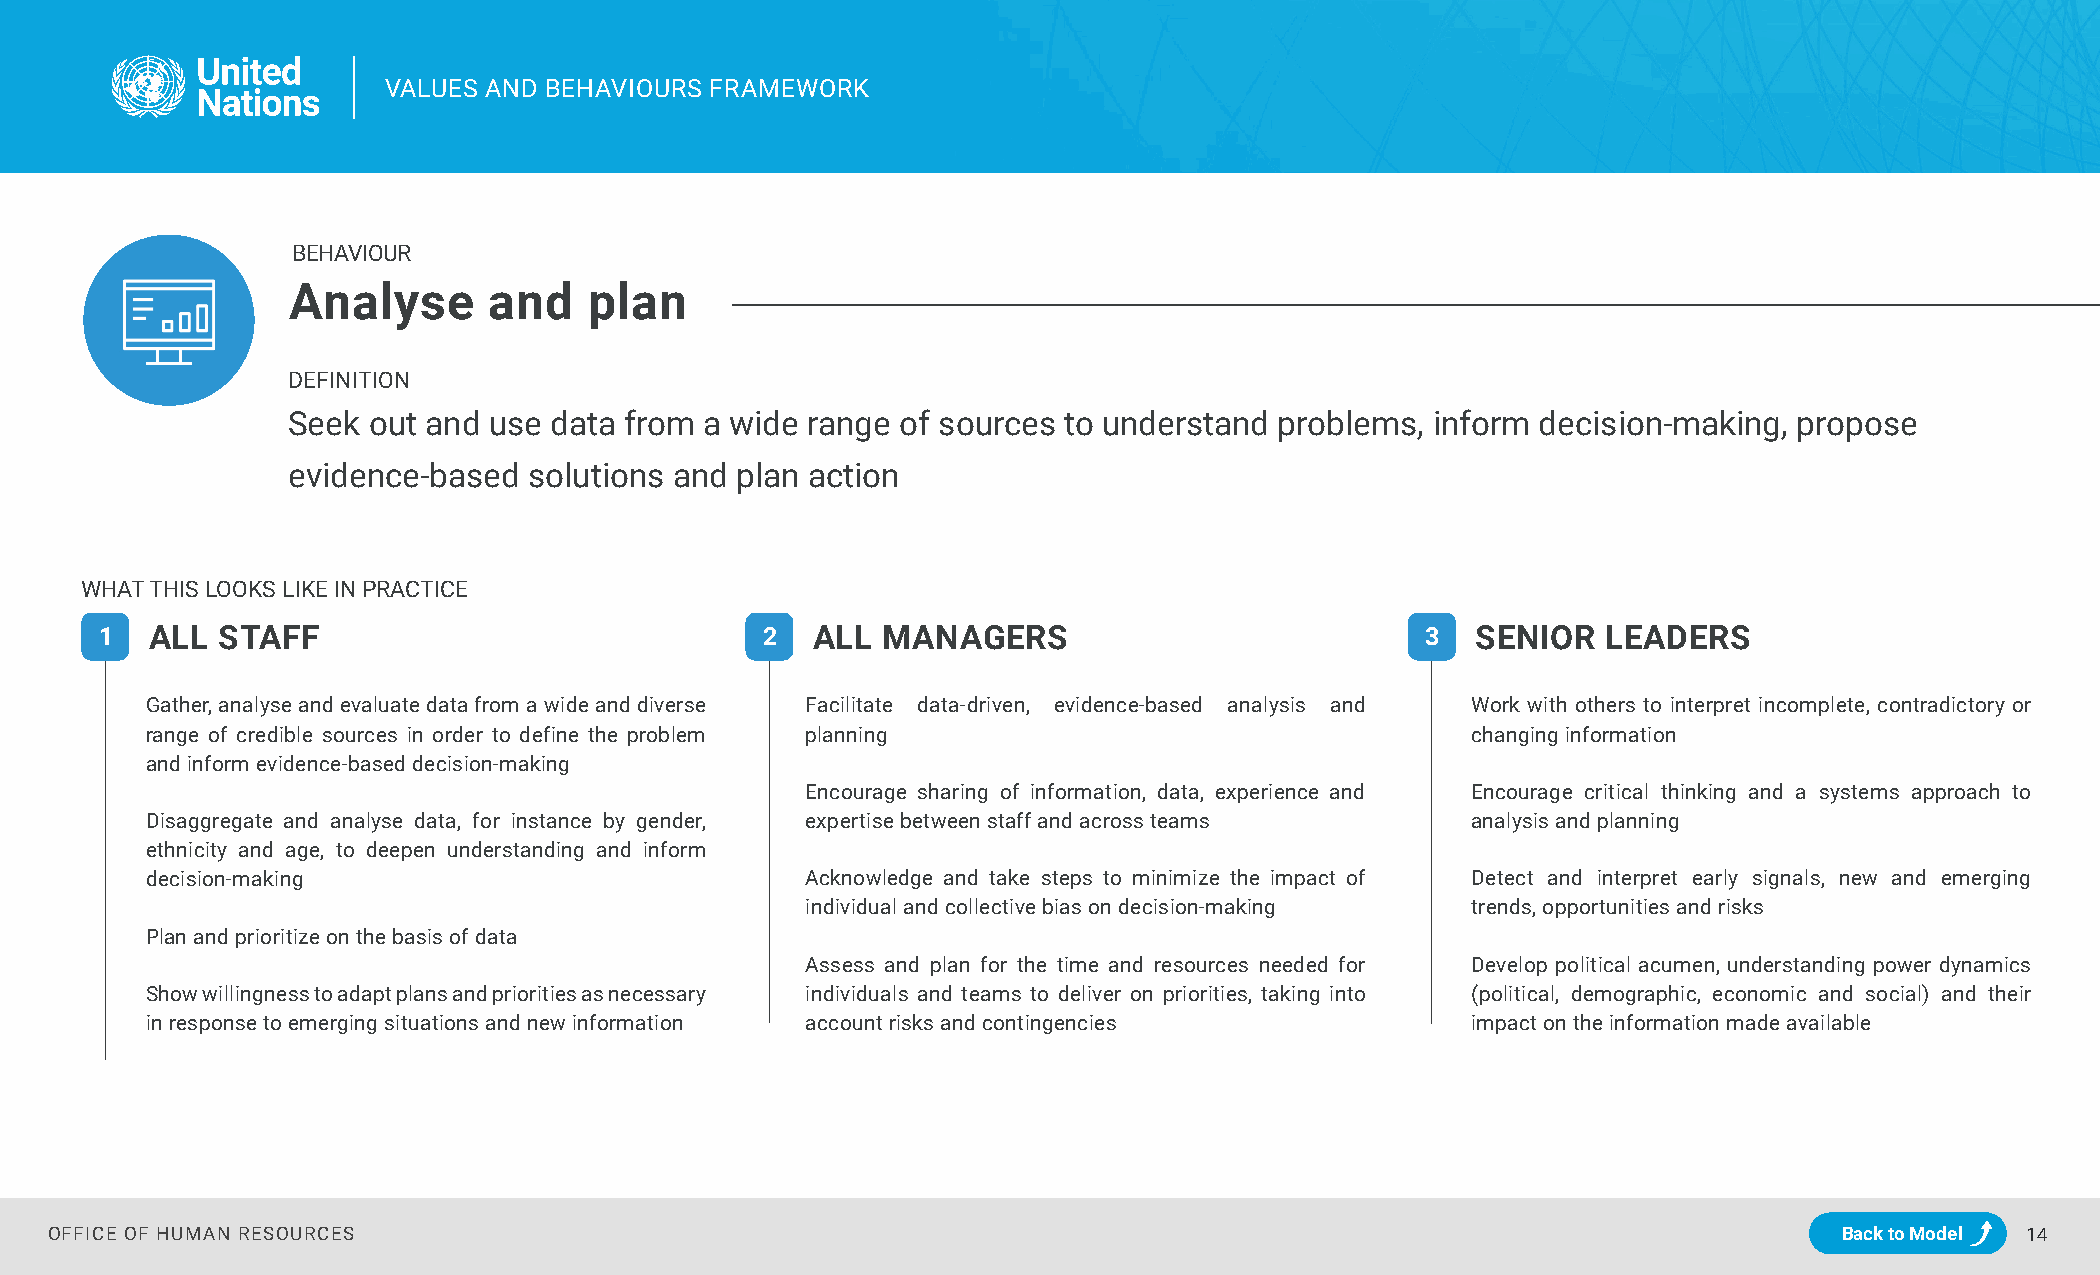
VVAALLUUEESS AANNDD BBEEHHAAVVIIOOUURRSS FFRRAAMMEEWWOORRKK
 BEHAVIOUR
 Analyse      and    plan
 DEFINITION
 Seek out and use data from  a wide range of sources to understand problems, inform decision-making, propose
 evidence-based  solutions and plan action
 WHAT THIS LOOKS LIKE IN PRACTICE
 1  ALL STAFF                                2  ALL MANAGERS                            3   SENIOR  LEADERS
 Gather, analyse and evaluate data from a wide and diverse Facilitate data-driven, evidence-based analysis and Work with others to interpret incomplete, contradictory or
 range of credible sources in order to define the problem planning                      changing information
 and inform evidence-based decision-making
 Encourage sharing of information, data, experience and Encourage critical thinking and a systems approach to
 Disaggregate and analyse data, for instance by gender, expertise between staff and across teams analysis and planning
 ethnicity and age, to deepen understanding and inform
 decision-making                            Acknowledge and take steps to minimize the impact of Detect and interpret early signals, new and emerging
 individual and collective bias on decision-making trends, opportunities and risks
 Plan and prioritize on the basis of data
 Assess and plan for the time and resources needed for Develop political acumen, understanding power dynamics
 Show willingness to adapt plans and priorities as necessary individuals and teams to deliver on priorities, taking into (political, demographic, economic and social) and their
 in response to emerging situations and new information account risks and contingencies impact on the information made available
 OFFICE OF HUMAN RESOURCES                                                                                              Back to Model 14